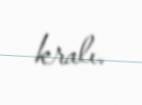
kralı.